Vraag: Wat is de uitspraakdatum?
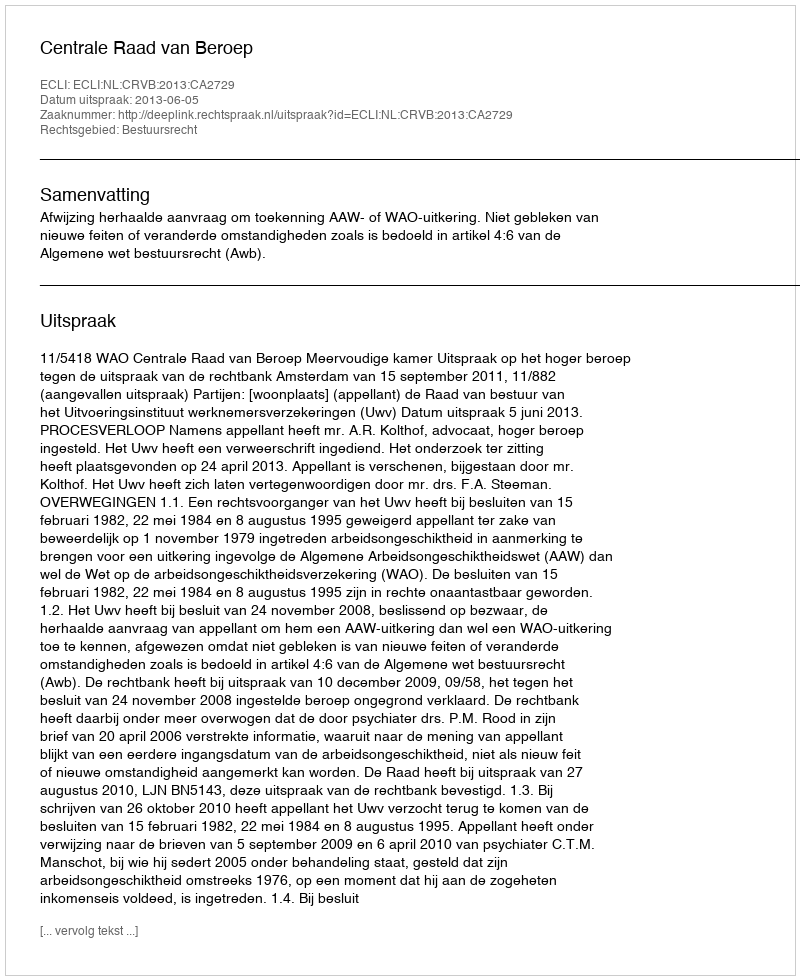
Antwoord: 2013-06-05